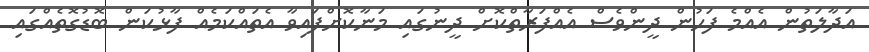
އަދާލަތުން އެއްމެ ފަހުން ދީންވެސް އެއްފަރާތްކޮށް ދީނުގައި މަނާކޮށްފައިވާ އެތައްކަމެއް ފާޅުކަން ބޮޑުގޮތެއްގައި